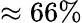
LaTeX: \approx 66\%